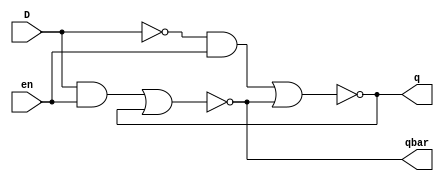
//D Latch Design

module D_Latch(
input D, en, 
output q, qbar
    );
    wire d0;
    not (d0, D);
    and a1(s, d0, en);
    and a2(r, D, en);
    nor n1(q, s, qbar);
    nor n2(qbar, r, q);

endmodule